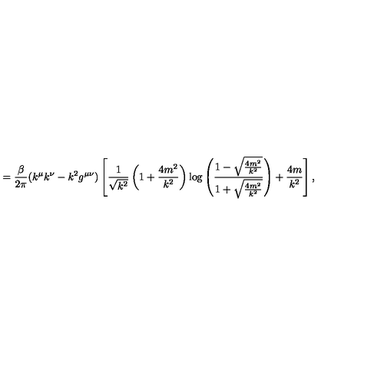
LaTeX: = \frac { \beta } { 2 \pi } ( k ^ { \mu } k ^ { \nu } - k ^ { 2 } g ^ { \mu \nu } ) \left[ \frac { 1 } { \sqrt { k ^ { 2 } } } \left( 1 + \frac { 4 m ^ { 2 } } { k ^ { 2 } } \right) \log \left( \frac { 1 - \sqrt { \frac { 4 m ^ { 2 } } { k ^ { 2 } } } } { 1 + \sqrt { \frac { 4 m ^ { 2 } } { k ^ { 2 } } } } \right) + \frac { 4 m } { k ^ { 2 } } \right] ,